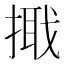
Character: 𢲦